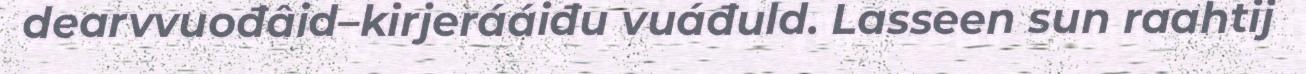
dearvvuođâid–kirjerááiđu vuáđuld. Lasseen sun raahtij